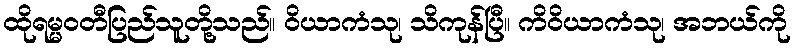
ထိုရမ္မဝတီပြည်သူတို့သည်။ ဝိယာကံသု၊ သိကုန်ပြီ။ ကိဝိယာကံသု၊ အဘယ်ကို